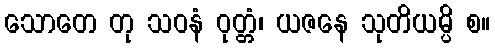
သောတေ တု သဝနံ ဝုတ္တံ၊ ယဇနေ သုတိယမ္ပိ စ။